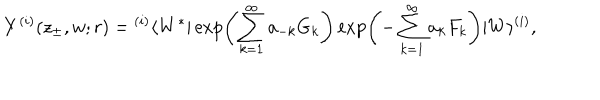
Y ^ { ( i ) } ( z _ { \pm } , w ; r ) = { } ^ { ( i ) } \langle W ^ { * } | \exp \left( \sum _ { k = 1 } ^ { \infty } a _ { - k } G _ { k } \right) \exp \left( - \sum _ { k = 1 } ^ { \infty } a _ { k } F _ { k } \right) | W \rangle ^ { ( i ) } ,